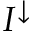
I ^ { \downarrow }